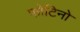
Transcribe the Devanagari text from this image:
फोटिनो